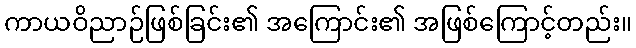
ကာယဝိညာဉ်ဖြစ်ခြင်း၏ အကြောင်း၏ အဖြစ်ကြောင့်တည်း။